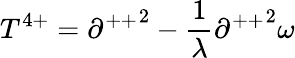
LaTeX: T^{4+}={\partial^{++}}^{2}-\frac{1}{\lambda}{\partial^{++}}^{2}\omega